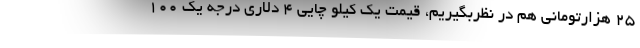
۲۵ هزارتومانی هم در نظربگیریم، قیمت یک کیلو چایی ۴ دلاری درجه یک ۱۰۰